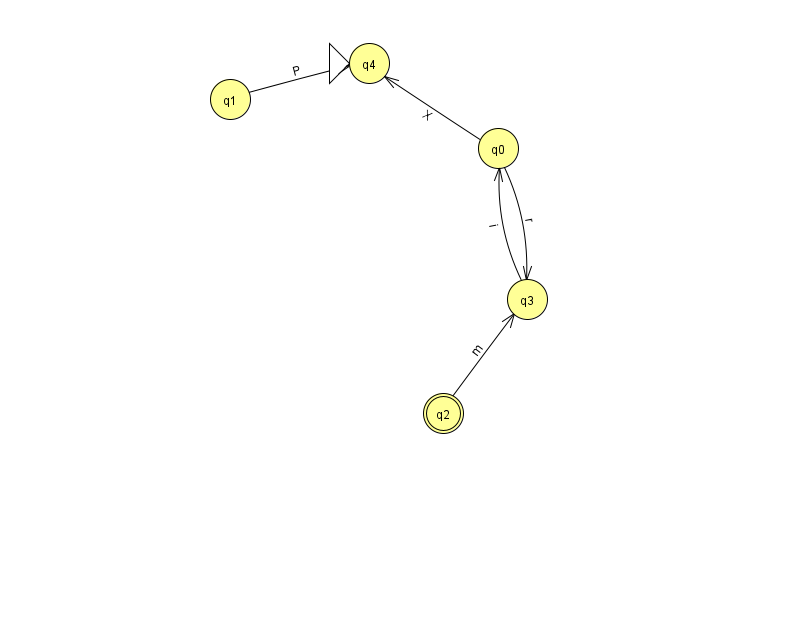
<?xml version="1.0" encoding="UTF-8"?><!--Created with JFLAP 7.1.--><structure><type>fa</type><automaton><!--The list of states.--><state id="0" name="q0"><x>498.0</x><y>135.0</y></state><state id="1" name="q1"><x>230.0</x><y>86.0</y></state><state id="2" name="q2"><x>443.0</x><y>400.0</y><final/></state><state id="3" name="q3"><x>527.0</x><y>286.0</y></state><state id="4" name="q4"><x>369.0</x><y>50.0</y><initial/></state><!--The list of transitions.--><transition><from>1</from><to>4</to><read>P</read></transition><transition><from>3</from><to>0</to><read>i</read></transition><transition><from>2</from><to>3</to><read>m</read></transition><transition><from>0</from><to>3</to><read>r</read></transition><transition><from>0</from><to>4</to><read>X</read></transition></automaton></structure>